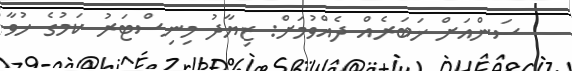
ސަންއަށް ޚަބަރެއް ދެއްވުމަށް: ޒިޔާދު މިނިސްޓަރު ކަމުގެ ހުވާ